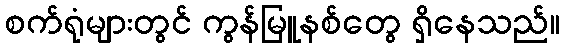
စက်ရုံများတွင် ကွန်မြူနစ်တွေ ရှိနေသည်။